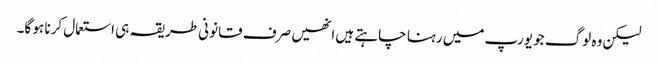
لیکن وہ لوگ جو یورپ میں رہنا چاہتے ہیں انھیں صرف قانونی طریقہ ہی استعمال کرنا ہو گا۔